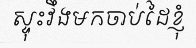
ស្ទុះវឹងមកចាប់ដៃខ្ញុំ